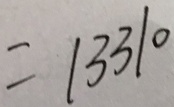
= 1 3 3 1 0